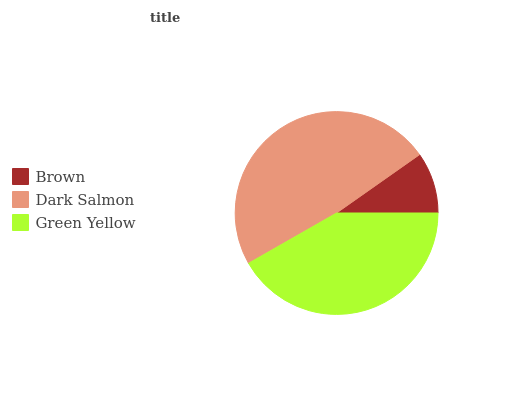
| Brown | Dark Salmon | Green Yellow |
 | --- | --- | --- |
 | 9.76% | 48.5% | 41.7% |